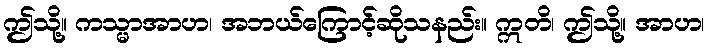
ဤသို့။ ကသ္မာအာဟ၊ အဘယ်ကြောင့်ဆိုသနည်း။ ဣတိ၊ ဤသို့။ အာဟ၊